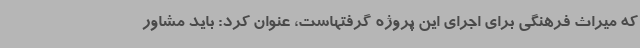
که میراث فرهنگی برای اجرای این پروژه گرفتهاست، عنوان کرد: باید مشاور